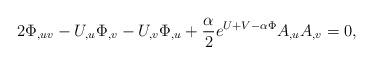
LaTeX: \begin{align*}2\Phi_{,uv}-U_{,u} \Phi_{,v} -U_{,v} \Phi_{,u} +{\alpha \over 2} e^{U+V-\alpha \Phi} A_{,u}A_{,v}=0,\end{align*}